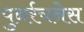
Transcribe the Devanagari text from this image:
पुनर्रचनेस